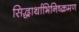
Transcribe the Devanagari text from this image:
सिद्धार्थाभिनिष्क्रमण